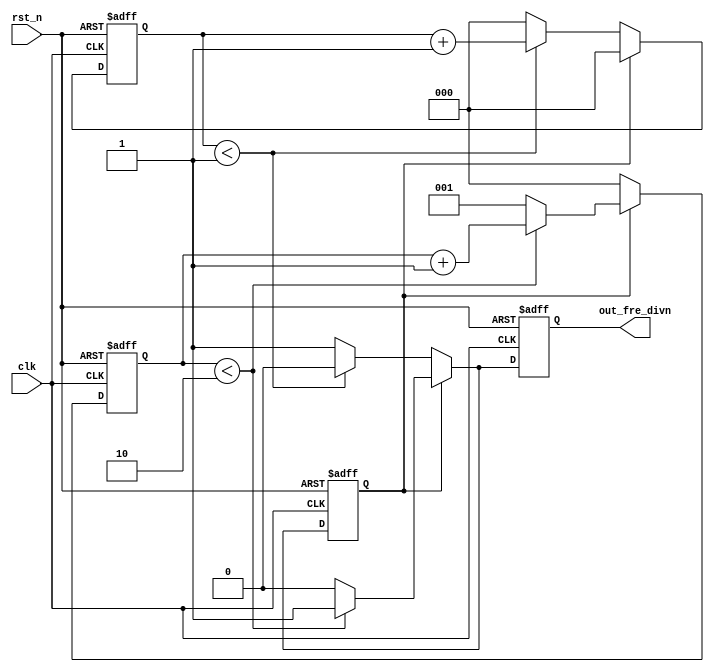
module fre_divn (clk,rst_n,out_fre_divn);
	input clk;
	input rst_n;
	output reg out_fre_divn;

	reg [2:0] counter_l, counter_h;
	reg current_state;

	reg S0 = 1'b0,
		S1 = 1'b1;

	parameter lw = 2,
			  hw = 3;

	always @(posedge clk or negedge rst_n) 
		begin : proc_1
			if(~rst_n) 
			begin
				out_fre_divn <= 0;
				current_state <= S0;
				counter_l <= 0;
				counter_h <= 0;
			end 
			else 
			begin
				case (current_state)
					S0 :begin
						// current_state <= S0;   //
													// if             
						if(counter_l < (lw-1) )    //
							begin
								counter_l <= counter_l + 1;
								counter_h <= 0 ;
								out_fre_divn <= 0;
								current_state <= S0;
							end
						else 
							begin
								counter_l <= 0;
								counter_h <= 0 ;
								out_fre_divn <= 1;
								current_state <= S1;
							end
						end
					S1 : begin
							if(counter_h < (hw -1) )  //
								begin
									counter_h <= counter_h + 1;
									counter_l <= 0;
									out_fre_divn <= 1;
									current_state <= S1;
								end
							else
								begin
									counter_h <= 1;
									counter_l <= 0;
									out_fre_divn <= 0;
									current_state <= S0;
								end
						end
					default : 
						begin 
							current_state <= S0;
							counter_l <= 0;
							counter_h <= 0;
							out_fre_divn <= 0;
						end


				endcase
			end
				
	    end

endmodule